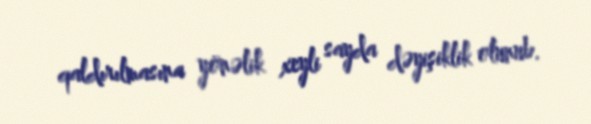
qaldırılmasına yönəlik xeyli sayda dəyişiklik olunub.